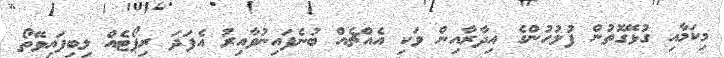
މިކަމާއި ގުޅޭގޮތުން ފުލުހުންގެ އިދާރާއިން ވަކި އެއްޗެއް ބުނެފައިނުވާއިރު އެފަދަ ރިޕޯޓެއް ލިބިފައިވޭތޯ